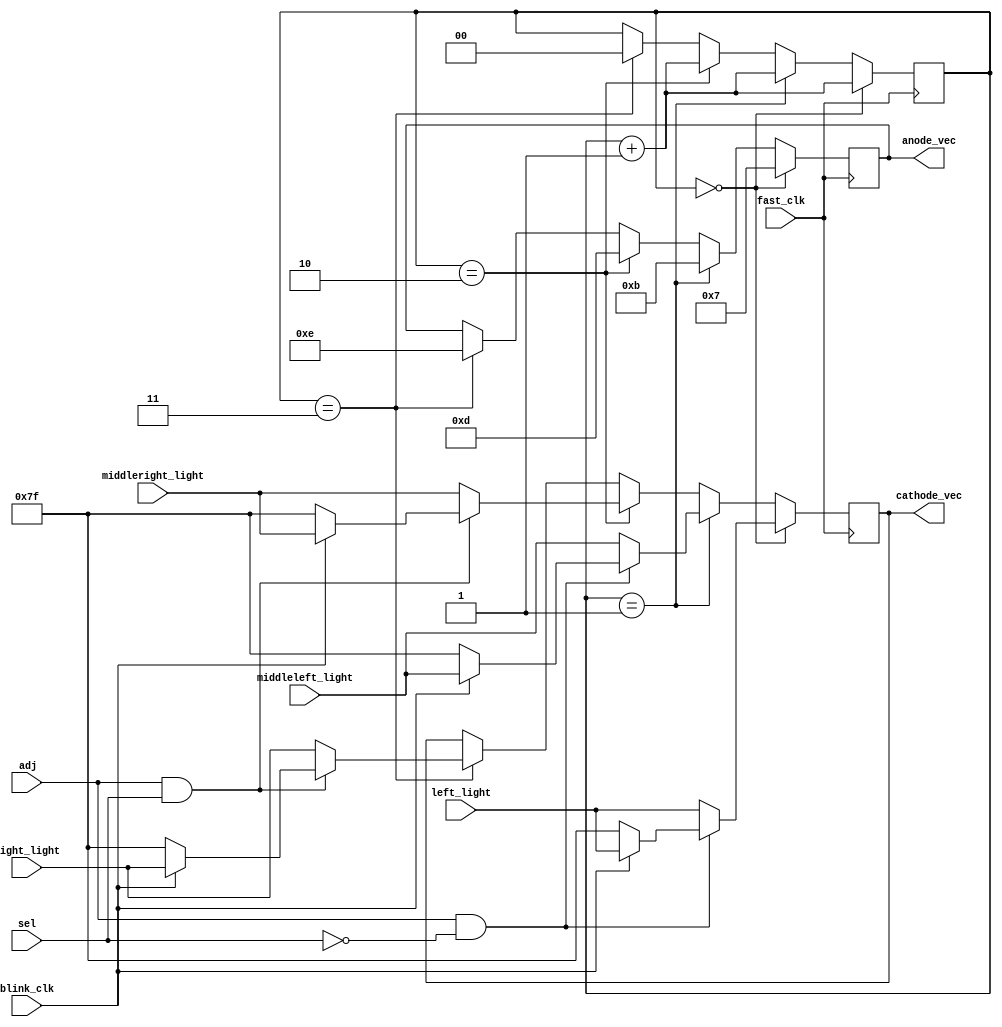
`timescale 1ns / 1ps
//////////////////////////////////////////////////////////////////////////////////
// Company: 
// Engineer: 
// 
// Design Name: 
// Module Name:    final_display 
// Project Name: 
// Target Devices: 
// Tool versions: 
// Description: 
//
// Dependencies: 
//
// Revision: 
// Revision 0.01 - File Created
// Additional Comments: 
//
//////////////////////////////////////////////////////////////////////////////////
module final_display(
	// Inputs
	fast_clk, blink_clk, sel, adj, left_light, middleleft_light, middleright_light, right_light,
	// Outputs
	cathode_vec, anode_vec
    );
	 
	// Inputs and Outputs
	input fast_clk;
   	input blink_clk;
	input sel;
	input adj;
	input [6:0] left_light;
	input [6:0] middleleft_light;
	input [6:0] middleright_light;
	input [6:0] right_light;
	 
	output [6:0] cathode_vec;
	output [3:0] anode_vec;

	// Temp Variables

	reg [1:0] switch_segment = 2'b00;
	reg [6:0] cathode_vec_temp;
	reg [3:0] anode_vec_temp;
	
	always @ (posedge fast_clk) begin
		if (switch_segment == 0) begin
			switch_segment <= switch_segment + 2'b1;
			anode_vec_temp <= 4'b0111;
			// Adjust minutes (10's spot)
			if (adj && !sel) begin
				if (blink_clk) begin
					cathode_vec_temp <= left_light;
				end
				else begin
					cathode_vec_temp <= 7'b1111111;
				end
			end
			// If not Adjust Clock Mode, or adjusting seconds, minutes don't change
			else begin
				cathode_vec_temp <= left_light;
			end
		end
		else if (switch_segment == 1) begin
			switch_segment <= switch_segment + 2'b1;
			anode_vec_temp <= 4'b1011;
			// Adjust minutes (1's spot)
			if (adj && !sel) begin
				if (blink_clk) begin
					cathode_vec_temp <= middleleft_light;
				end
				else begin
					cathode_vec_temp <= 7'b1111111;
				end
			end
			// If not Adjust Clock Mode, or adjusting seconds, minutes don't change
			else begin
				cathode_vec_temp <= middleleft_light;
			end
		end 
		else if (switch_segment == 2) begin
			switch_segment <= switch_segment + 2'b1;
			anode_vec_temp <= 4'b1101;
			// Adjust seconds (10's spot)
			if (adj && sel) begin
				if (blink_clk) begin
					cathode_vec_temp <= middleright_light;
				end
				else begin
					cathode_vec_temp <= 7'b1111111;
				end
			end
			// If not Adjust Clock Mode, or adjusting minutes, seconds don't change
			else begin
				cathode_vec_temp <= middleright_light;
			end
		end 
		else if (switch_segment == 3) begin
			switch_segment <= 2'b0;
			anode_vec_temp <= 4'b1110;
			// Adjust seconds (1's spot)
			if (adj && sel) begin
				if (blink_clk) begin
					cathode_vec_temp <= right_light;
				end
				else begin
					cathode_vec_temp <= 7'b1111111;
				end
			end
			// If not Adjust Clock Mode, or adjusting minutes, seconds don't change
			else begin
				cathode_vec_temp <= right_light;
			end
		end
	end

	assign cathode_vec = cathode_vec_temp;
	assign anode_vec = anode_vec_temp;
	
endmodule